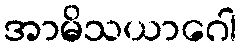
အာမိသယာဂေါ